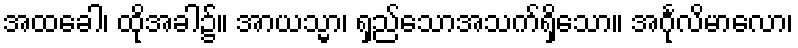
အထခေါ၊ ထိုအခါ၌။ အာယသ္မာ၊ ရှည်သောအသက်ရှိသော။ အင်္ဂုလိမာလော၊